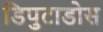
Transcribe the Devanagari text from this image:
डिपुटाडोस